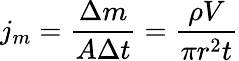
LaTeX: j_{m}={\frac{\Delta m}{A\Delta t}}={\frac{\rho V}{\pi r^{2}t}}